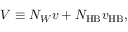
V \equiv N _ { W } v + N _ { \mathrm { H B } } v _ { \mathrm { H B } } ,